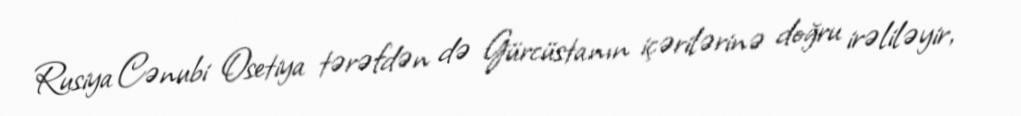
Rusiya Cənubi Osetiya tərəfdən də Gürcüstanın içərilərinə doğru irəliləyir,